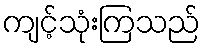
ကျင့်သုံးကြသည်